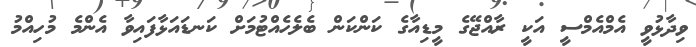
ވިދާޅުވީ އެމްއެމްސީ އަކީ ރާއްޖޭގެ މީޑިއާގެ ކަންކަން ބެލެހެއްޓުމަށް ކަނޑައަޅާފައިވާ އެންމެ މުހިއްމު